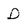
Character: D